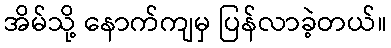
အိမ်သို့ နောက်ကျမှ ပြန်လာခဲ့တယ်။